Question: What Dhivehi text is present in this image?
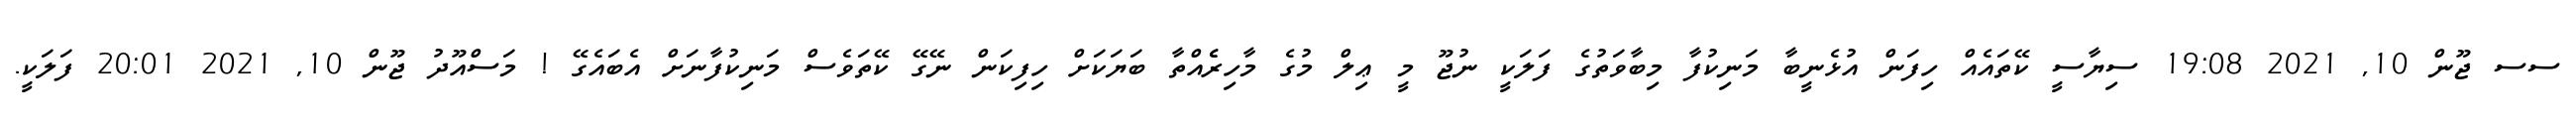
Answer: ސސ ޖޫން 10, 2021 19:08 ސިޔާސީ ކޭތައެއް ހިފަން އުޅެނީބާ މަނިކުފާ މިބާވަތުގެ ފަލަކީ ނުޖޫ މީ ޢިލް މުގެ މާހިރެެއްތާ ބަޔަކަށް ހިފިކަން ނޭގޭ ކޭތަވެސް މަނިކުފާނަށް އެބައެގޭ ! މަސްއޫދު ޖޫން 10, 2021 20:01 ފަލަކީ.